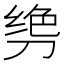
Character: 𫦌